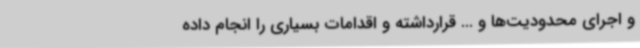
و اجرای محدودیت‌ها و ... قرارداشته و اقدامات بسیاری را انجام داده